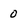
Character: 0